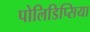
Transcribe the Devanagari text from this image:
पोलिडिप्सिया